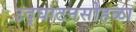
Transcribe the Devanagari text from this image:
उद्‌घाटनसोहळा